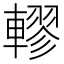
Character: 轇